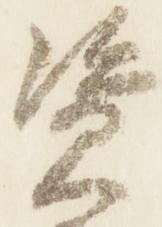
資